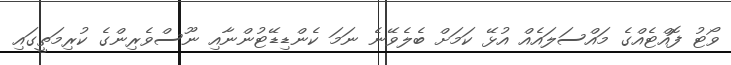
ވޯޓު ފޮއްޓެއްގެ މައްސަލައެއް އުޅޭ ކަމަށް ބެލެވޭނެ ނަމަ ކެންޑިޑޭޓުންނާއި ނޫސްވެރިންގެ ކުރިމަތީގައި